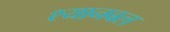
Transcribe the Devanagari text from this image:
श्यानबल